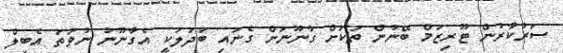
ސަރުކާރުން ޓޫރިޒަމް ބޭނުން ތަކަށް ގާނޫނަށް ގެނައި ބަދަލަކީ އެގާނޫނު ނުވަތަ އެބިލް